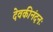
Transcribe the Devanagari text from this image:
देवकीनंदनः